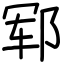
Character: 郓